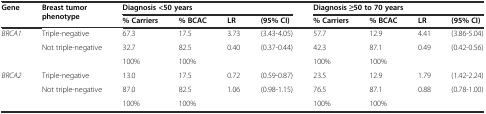
| <ROWSPAN=2> Gene | <ROWSPAN=2> Breast tumor phenotype | <COLSPAN=4> Diagnosis <50 years | <COLSPAN=4> Diagnosis ≥50 to 70 years |
 | % Carriers | % BCAC | LR | (95% CI) | % Carriers | % BCAC | LR | (95% CI) |
 | --- | --- | --- | --- | --- | --- | --- | --- | --- | --- |
 | <ROWSPAN=3> BRCA1 | Triple-negative | 67.3 | 17.5 | 3.73 | (3.43-4.05) | 57.7 | 12.9 | 4.41 | (3.86-5.04) |
 | Not triple-negative | 32.7 | 82.5 | 0.40 | (0.37-0.44) | 42.3 | 87.1 | 0.49 | (0.42-0.56) |
 |  | 100% | 100% |  |  | 100% | 100% |  |  |
 | <ROWSPAN=3> BRCA2 | Triple-negative | 13.0 | 17.5 | 0.72 | (0.59-0.87) | 23.5 | 12.9 | 1.79 | (1.42-2.24) |
 | Not triple-negative | 87.0 | 82.5 | 1.06 | (0.98-1.15) | 76.5 | 87.1 | 0.88 | (0.78-1.00) |
 |  | 100% | 100% |  |  | 100% | 100% |  |  |